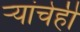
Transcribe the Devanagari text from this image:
ऱ्यांचेही